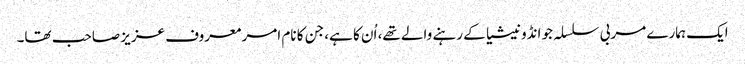
ایک ہمارے مربی سلسلہ جو انڈونیشیا کے رہنے والے تھے، اُن کا ہے، جن کا نام امر معروف عزیز صاحب تھا۔